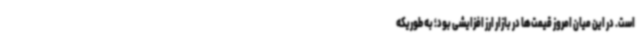
است. در این میان امروز قیمت‌ها در بازار ارز افزایشی بود؛ به طوریکه